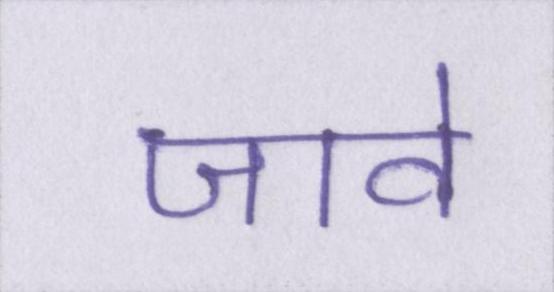
जावे